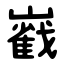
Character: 巀